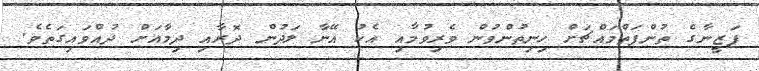
ފަޒީނާގެ ތުންފަތްމައްޗަށް ހިނިތުންވުން ވެރިވުމާއި އެކު އޭނާ ލަދުން ދޮރާއި ދިމާއަށް ދުއްވައިގަތެވެ.